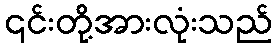
၎င်းတို့အားလုံးသည်